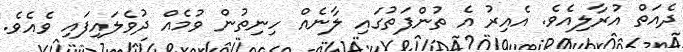
ދެއަތް އުރާލިއެވެ. އެއިރު އެ ތުންފަތުގައި ލާނެއް ހިނިތުން ވުމެއް ދުވެލައިފައި ވެއެވެ.